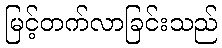
မြင့်တက်လာခြင်းသည်